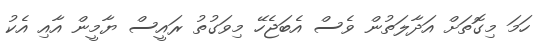
ހަމަ މިގޮތަށް އަދާލަތުން ވެސް އެބަޖެހޭ މިވަގުތު ރައީސް ޔާމީން އާއި އެކު